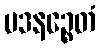
မဒနဉ္စေတံ